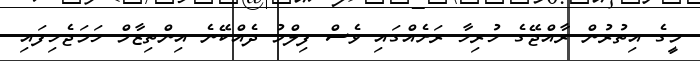
މީގެ އިތުރުން ރާއްޖޭގެ ހުރިހާ ރަށެއްގައި ވެސް ފިލްމު ދެއްކޭނެ އިންތިޒާމް ހަމަޖެހިފައި